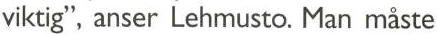
viktig", anser Lehmusto. Man mäste